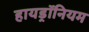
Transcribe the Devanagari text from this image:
हायड्रॉनियम